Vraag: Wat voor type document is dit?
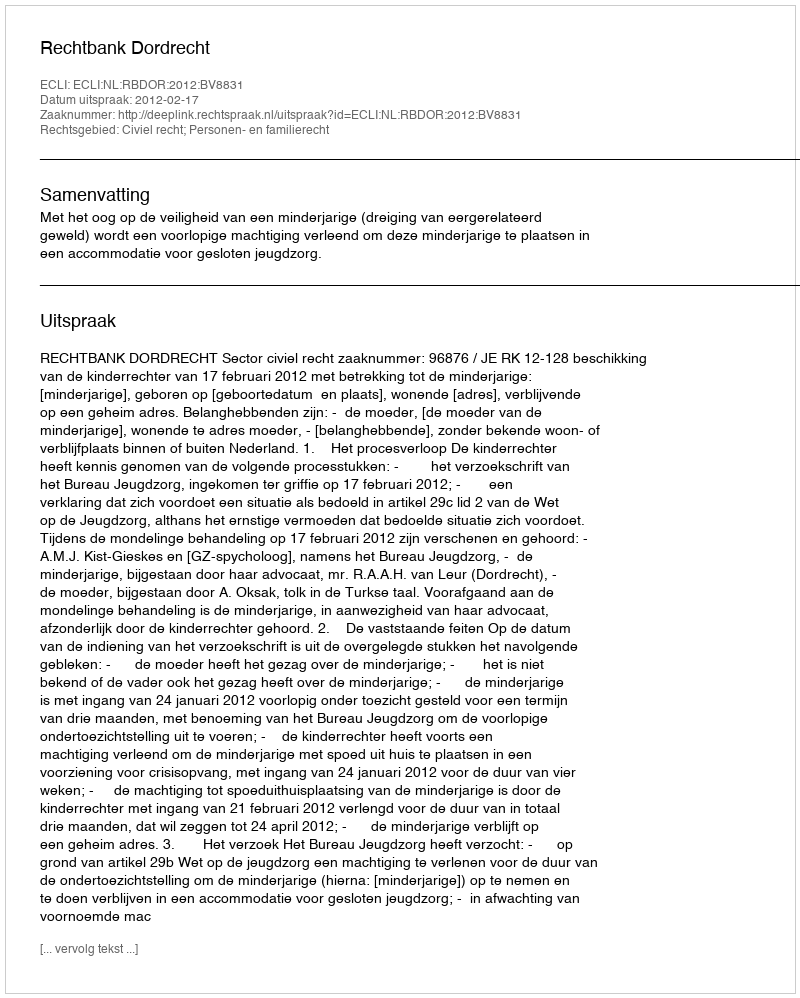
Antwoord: Uitspraak